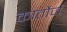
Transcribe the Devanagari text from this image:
कार्तोर्ज